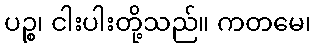
ပဉ္စ၊ ငါးပါးတို့သည်။ ကတမေ၊